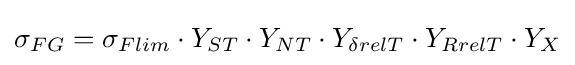
\sigma _{FG}=\sigma _{Flim}\cdot Y_{ST}\cdot Y_{NT}\cdot Y_{\delta relT}\cdot Y_{RrelT}\cdot Y_{X}